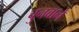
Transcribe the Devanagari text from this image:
चुनवाने